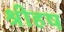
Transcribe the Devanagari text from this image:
श्रीहष